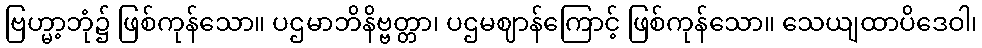
ဗြဟ္မာ့ဘုံ၌ ဖြစ်ကုန်သော။ ပဌမာဘိနိဗ္ဗတ္တာ၊ ပဌမဈာန်ကြောင့် ဖြစ်ကုန်သော။ သေယျထာပိဒေဝါ၊